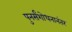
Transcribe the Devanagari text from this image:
पुनर्संशोधनानंतर